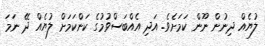
ލުޔެއް ދިނުން ނޫން ކަމަށެވެ. އަދި އެއްބަސްވުމުގެ ކަންކަމަށް ލުޔެެއް ދޭ ނަމަ